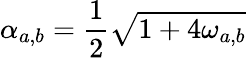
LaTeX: \alpha_{a,b}=\frac{1}{2}\sqrt{1+4\omega_{a,b}}